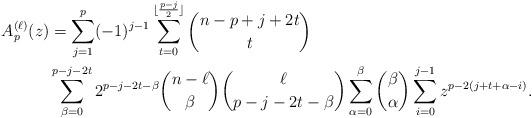
LaTeX: \begin{align*}A_{p}^{(\ell)}(z) &= \sum_{j=1}^{p} (-1)^{j-1} \sum_{t=0}^{\lfloor\frac{p-j}{2}\rfloor} \binom{n-p+j+2t}{t}\\ &\sum_{\beta=0}^{p-j-2t} 2^{p-j-2t-\beta} \binom{n-\ell}{\beta} \binom{\ell}{p-j-2t-\beta}\sum_{\alpha=0}^\beta \binom{\beta}{\alpha} \sum_{i=0}^{j-1} z^{p-2(j+t+\alpha-i)}. \end{align*}